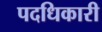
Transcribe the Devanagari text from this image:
पदधिकारी